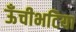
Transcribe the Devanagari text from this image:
ऊँचीभटिया